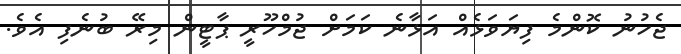
ޖެހުނު ކޮންމެ ފިޔަވަޅެއް އަޅާނެ ކަމަށް ޖުމްހޫރީ ޕާޓީން މިރޭ ބުނެފި އެވެ.